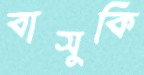
বাসুকি